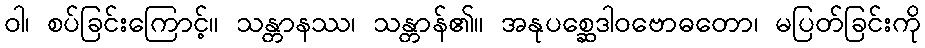
ဝါ၊ စပ်ခြင်းကြောင့်။ သန္တာနဿ၊ သန္တာန်၏။ အနုပစ္ဆေဒါဝဗောဓတော၊ မပြတ်ခြင်းကို